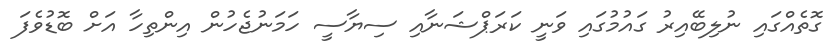
ގޮތެއްގައި ނުލިބޭއިރު ގައުމުގައި ވަނީ ކަރަޕްޝަނާއި ސިޔާސީ ހަމަނުޖެހުން އިންތިހާ އަށް ބޮޑުވެފަ